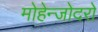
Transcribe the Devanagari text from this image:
मोहेन्जोदरो